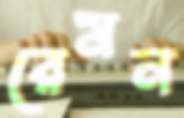
রেমন